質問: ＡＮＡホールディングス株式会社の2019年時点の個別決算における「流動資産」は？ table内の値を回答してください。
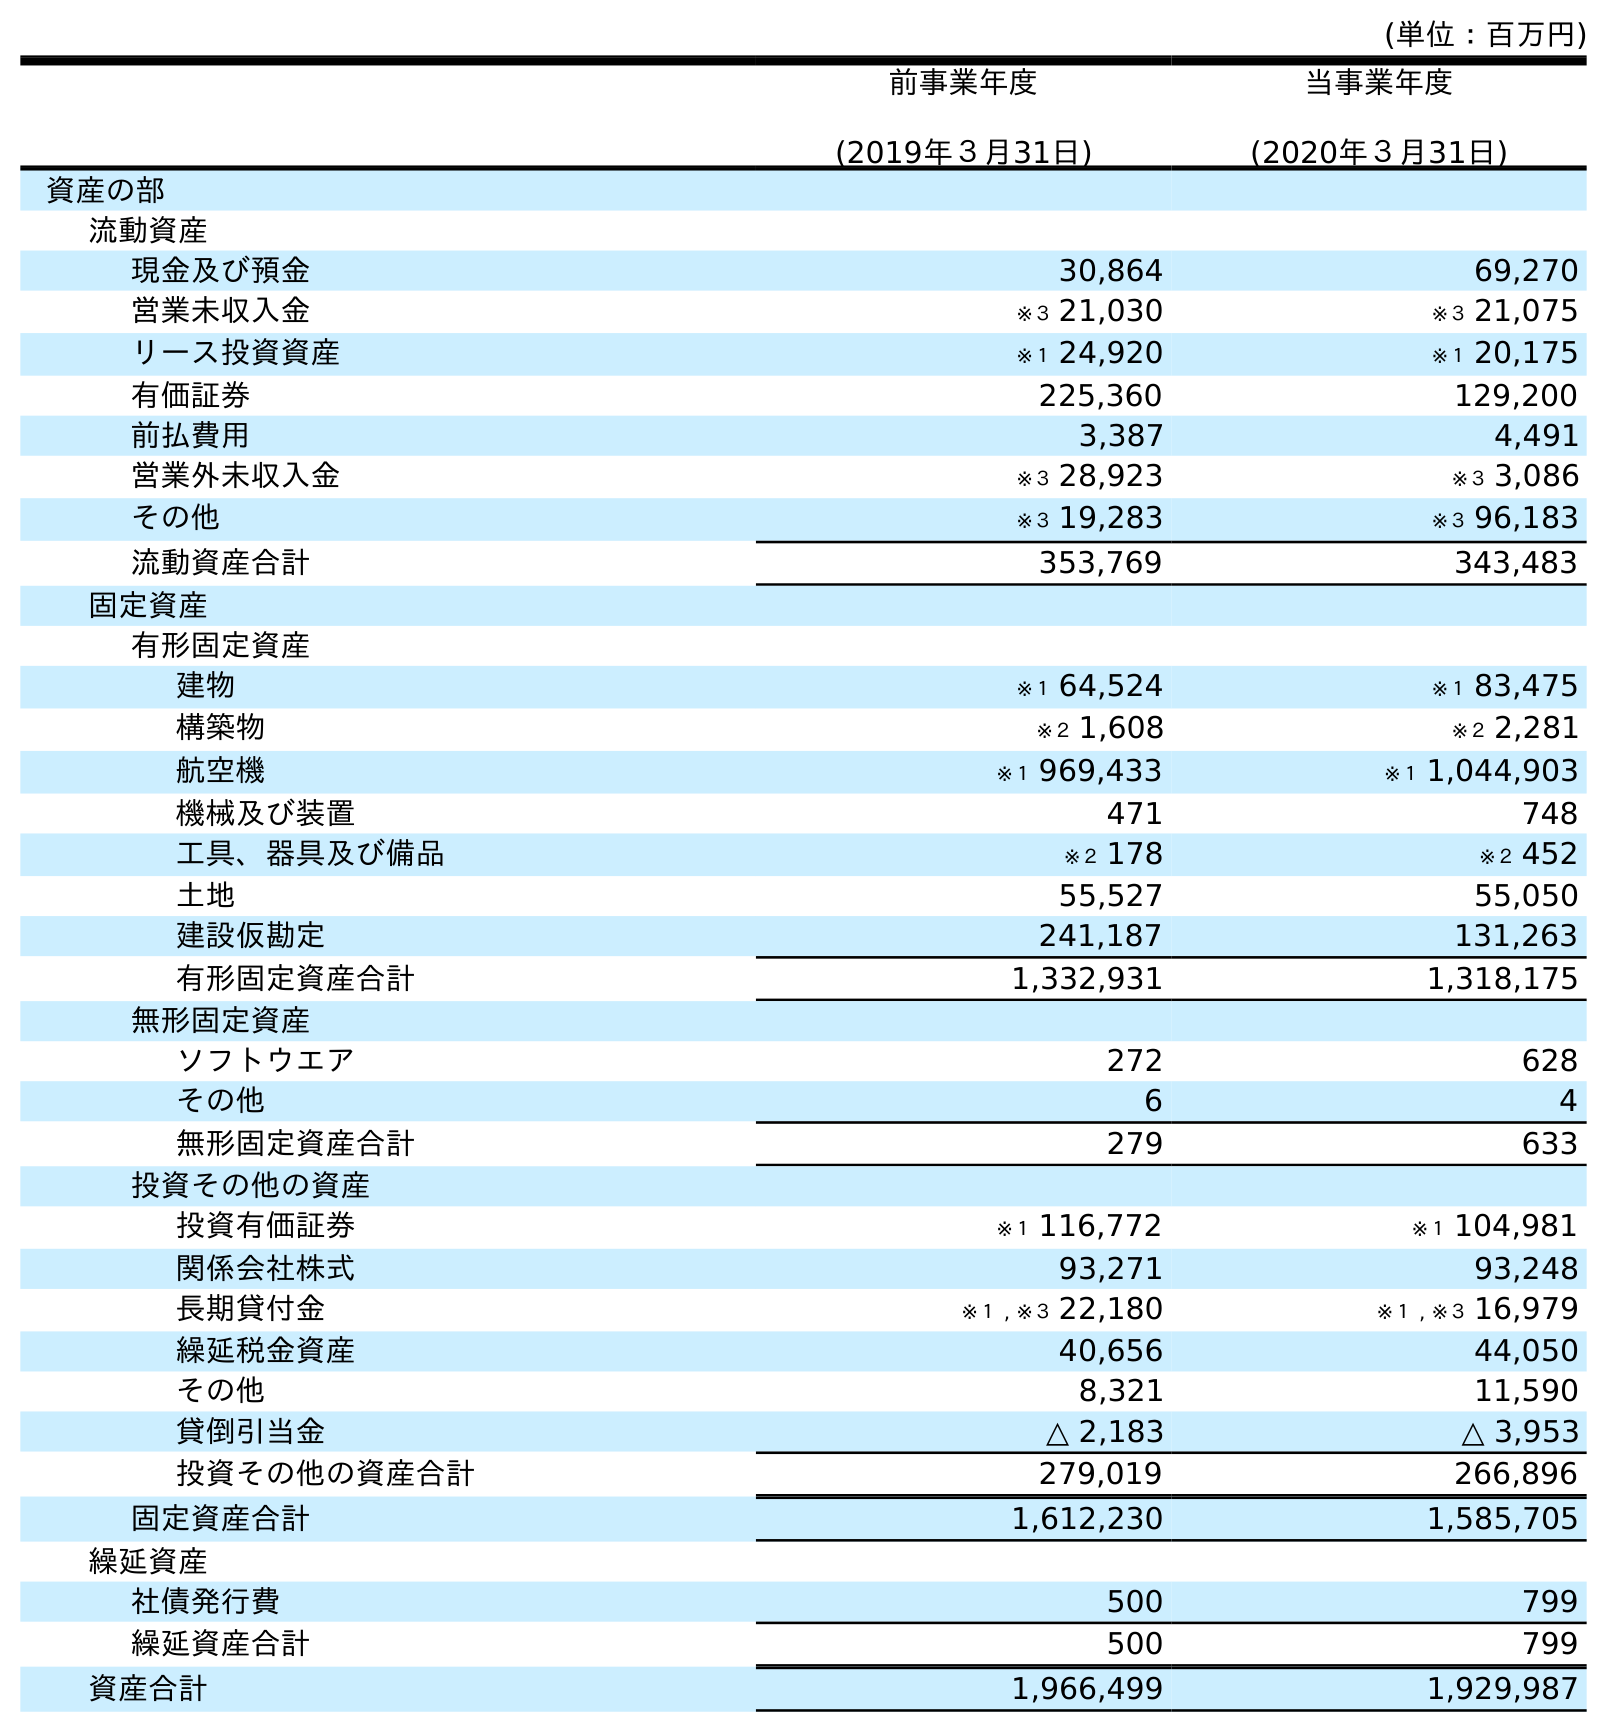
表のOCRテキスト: (単位：百万円) 前事業年度 (2019年３月31日) 当事業年度 (2020年３月31日) 資産の部 流動資産 現金及び預金 30,864 69,270 営業未収入金 ※３ 21,030 ※３ 21,075 リース投資資産 ※１ 24,920 ※１ 20,175 有価証券 225,360 129,200 前払費用 3,387 4,491 営業外未収入金 ※３ 28,923 ※３ 3,086 その他 ※３ 19,283 ※３ 96,183 流動資産合計 353,769 343,483 固定資産 有形固定資産 建物 ※１ 64,524 ※１ 83,475 構築物 ※２ 1,608 ※２ 2,281 航空機 ※１ 969,433 ※１ 1,044,903 機械及び装置 471 748 工具、器具及び備品 ※２ 178 ※２ 452 土地 55,527 55,050 建設仮勘定 241,187 131,263 有形固定資産合計 1,332,931 1,318,175 無形固定資産 ソフトウエア 272 628 その他 6 4 無形固定資産合計 279 633 投資その他の資産 投資有価証券 ※１ 116,772 ※１ 104,981 関係会社株式 93,271 93,248 長期貸付金 ※１ , ※３ 22,180 ※１ , ※３ 16,979 繰延税金資産 40,656 44,050 その他 8,321 11,590 貸倒引当金 △ 2,183 △ 3,953 投資その他の資産合計 279,019 266,896 固定資産合計 1,612,230 1,585,705 繰延資産 社債発行費 500 799 繰延資産合計 500 799 資産合計 1,966,499 1,929,987
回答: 353,769